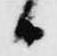
日